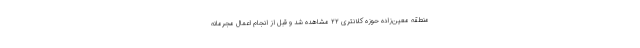
منطقه معین‌زاده حوزه کلانتری ۲۲ مشاهده شد و قبل از انجام اعمال مجرمانه